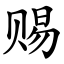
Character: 赐